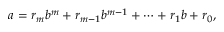
a = r _ { m } b ^ { m } + r _ { m - 1 } b ^ { m - 1 } + \dotsb + r _ { 1 } b + r _ { 0 } ,